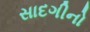
સાદગીનો